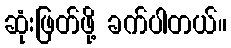
ဆုံးဖြတ်ဖို့ ခက်ပါတယ်။